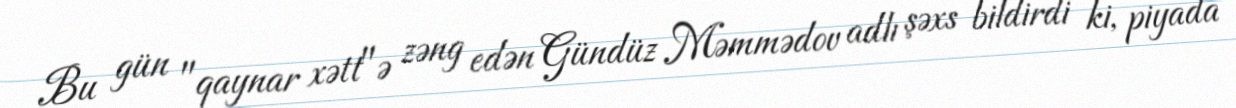
Bu gün "qaynar xətt"ə zəng edən Gündüz Məmmədov adlı şəxs bildirdi ki, piyada